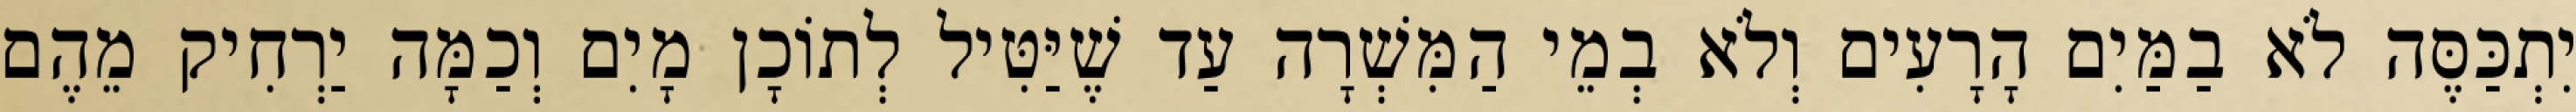
יִתְכַּסֶּה לֹא בַמַּיִם הָרָעִים וְלֹא בְמֵי הַמִּשְׁרָה עַד שֶׁיַּטִּיל לְתוֹכָן מָיִם וְכַמָּה יַרְחִיק מֵהֶם